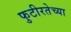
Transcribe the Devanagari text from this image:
फुटीरतेच्या